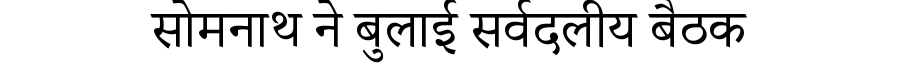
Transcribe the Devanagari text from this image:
सोमनाथ ने बुलाई सर्वदलीय बैठक